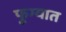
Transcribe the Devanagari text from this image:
फुग्यात